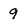
Character: 9